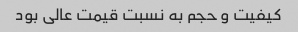
کیفیت و حجم به نسبت قیمت عالی بود